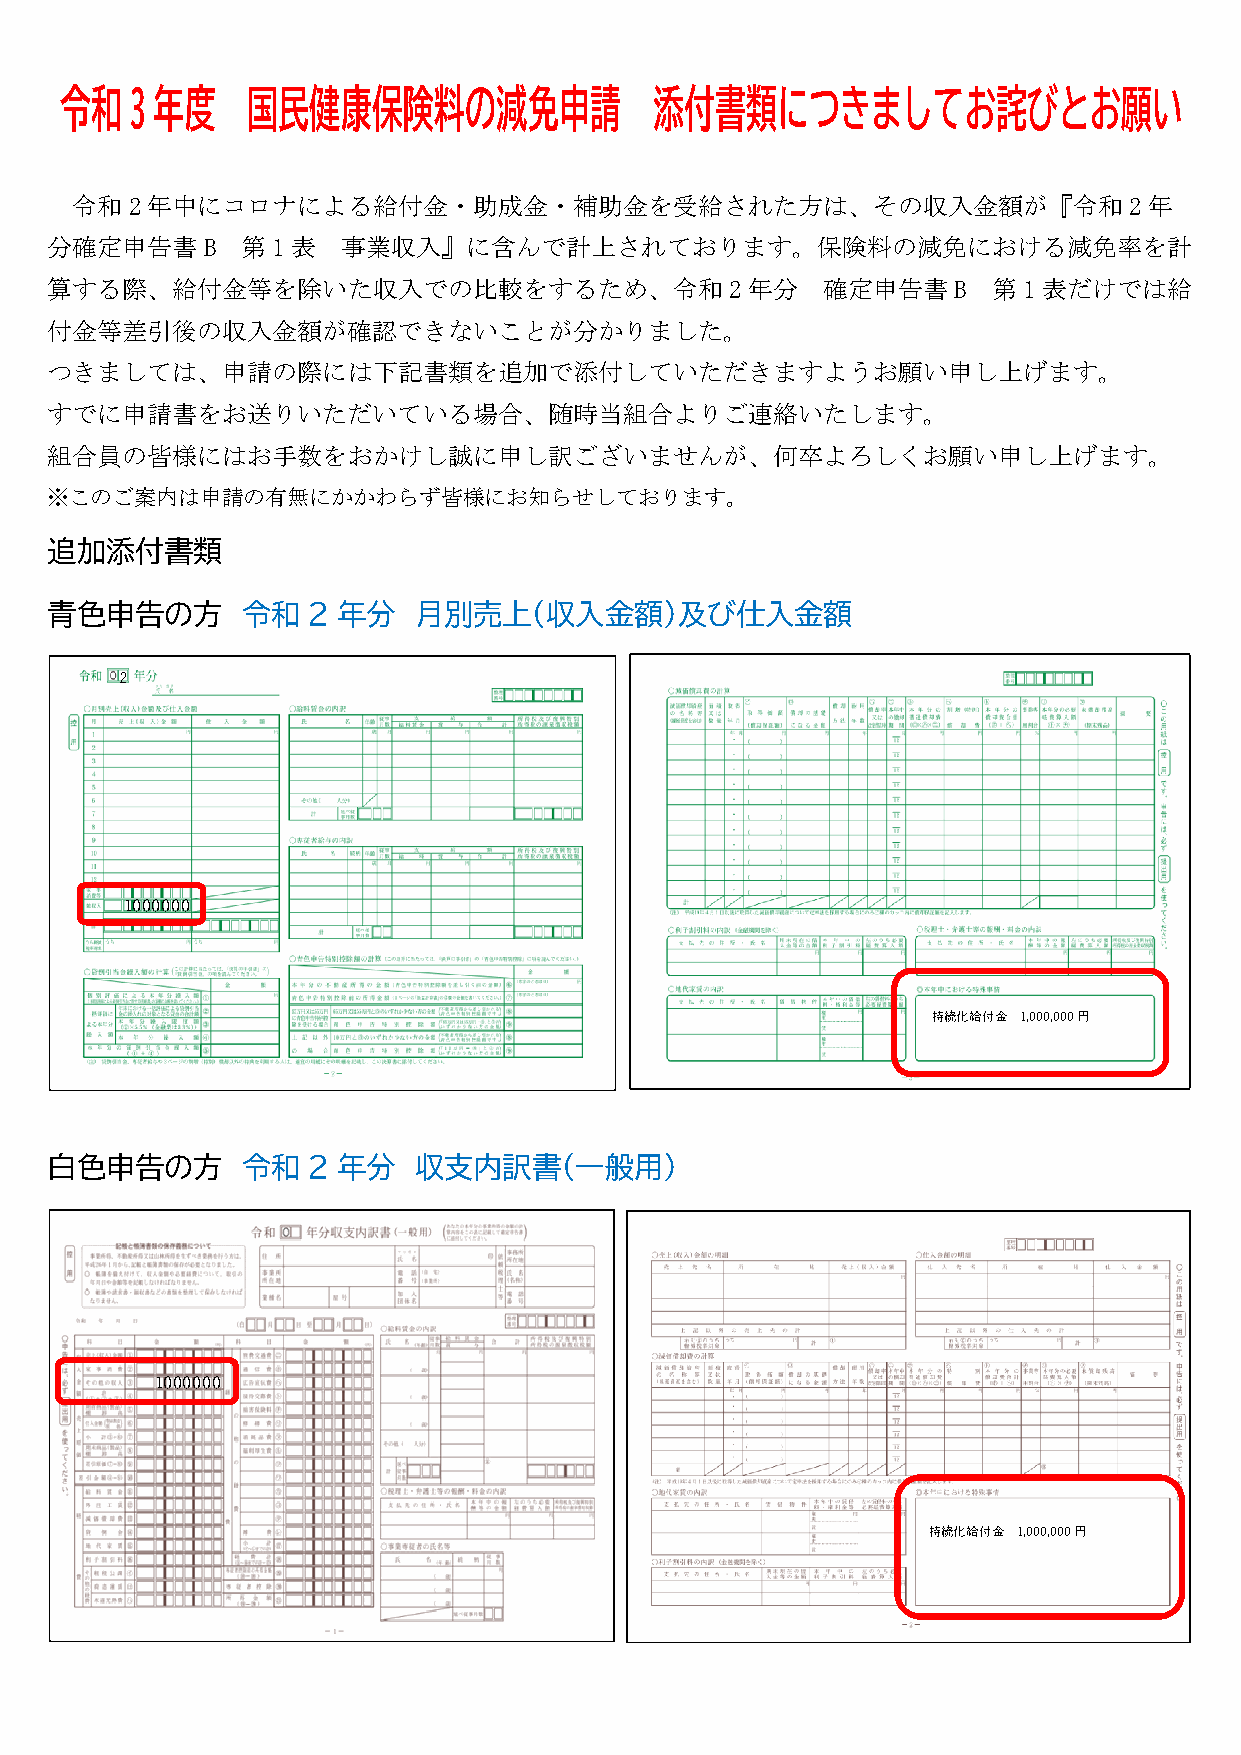
令和   3 年度   国民健康保険料の減免申請               添付書類につきましてお詫びとお願い
 令和2  年中にコロナによる給付金・助成金・補助金を受給された方は、その収入金額が『令和2年
 分確定申告書B      第1表    事業収入』に含んで計上されております。保険料の減免における減免率を計
 算する際、給付金等を除いた収入での比較をするため、令和2年分                     確定申告書    B  第1表だけでは給
 付金等差引後の収入金額が確認できないことが分かりました。
 つきましては、申請の際には下記書類を追加で添付していただきますようお願い申し上げます。
 すでに申請書をお送りいただいている場合、随時当組合よりご連絡いたします。
 組合員の皆様にはお手数をおかけし誠に申し訳ございませんが、何卒よろしくお願い申し上げます。
 ※このご案内は申請の有無にかかわらず皆様にお知らせしております。
 追加添付書類
 青色申告の方       令和  2 年分   月別売上（収入金額）及び仕入金額
 2
 1000000
 持続化給付金 1,000,000円
 白色申告の方       令和  2 年分   収支内訳書（一般用）
 1000000
 持続化給付金 1,000,000円